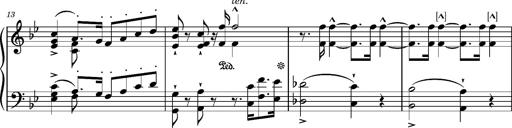
Title: Ungarischer Marsch
Composer: Friedrich Nietzsche